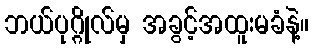
ဘယ်ပုဂ္ဂိုလ်မှ အခွင့်အထူးမခံနဲ့။